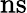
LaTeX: \mathrm{ns}